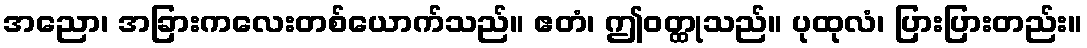
အညော၊ အခြားကလေးတစ်ယောက်သည်။ ဧတံ၊ ဤဝတ္ထုသည်။ ပုထုလံ၊ ပြားပြားတည်း။